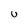
Character: u